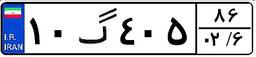
۱۰گ۴۰۵۸۶